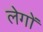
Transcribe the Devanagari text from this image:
लेगों